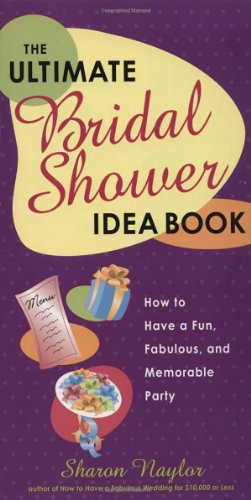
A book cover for The Ultimate Bridal Shower Idea Book: How to Have a Fun, Fabulous, and Memorable Party; Sharon Naylor; Crafts, Hobbies & Home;